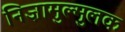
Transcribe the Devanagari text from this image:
निज़ामुल्मुलक